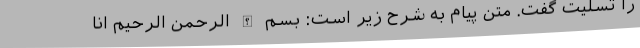
را تسلیت گفت. متن پیام به شرح زیر است: بسم الله الرحمن الرحیم انا